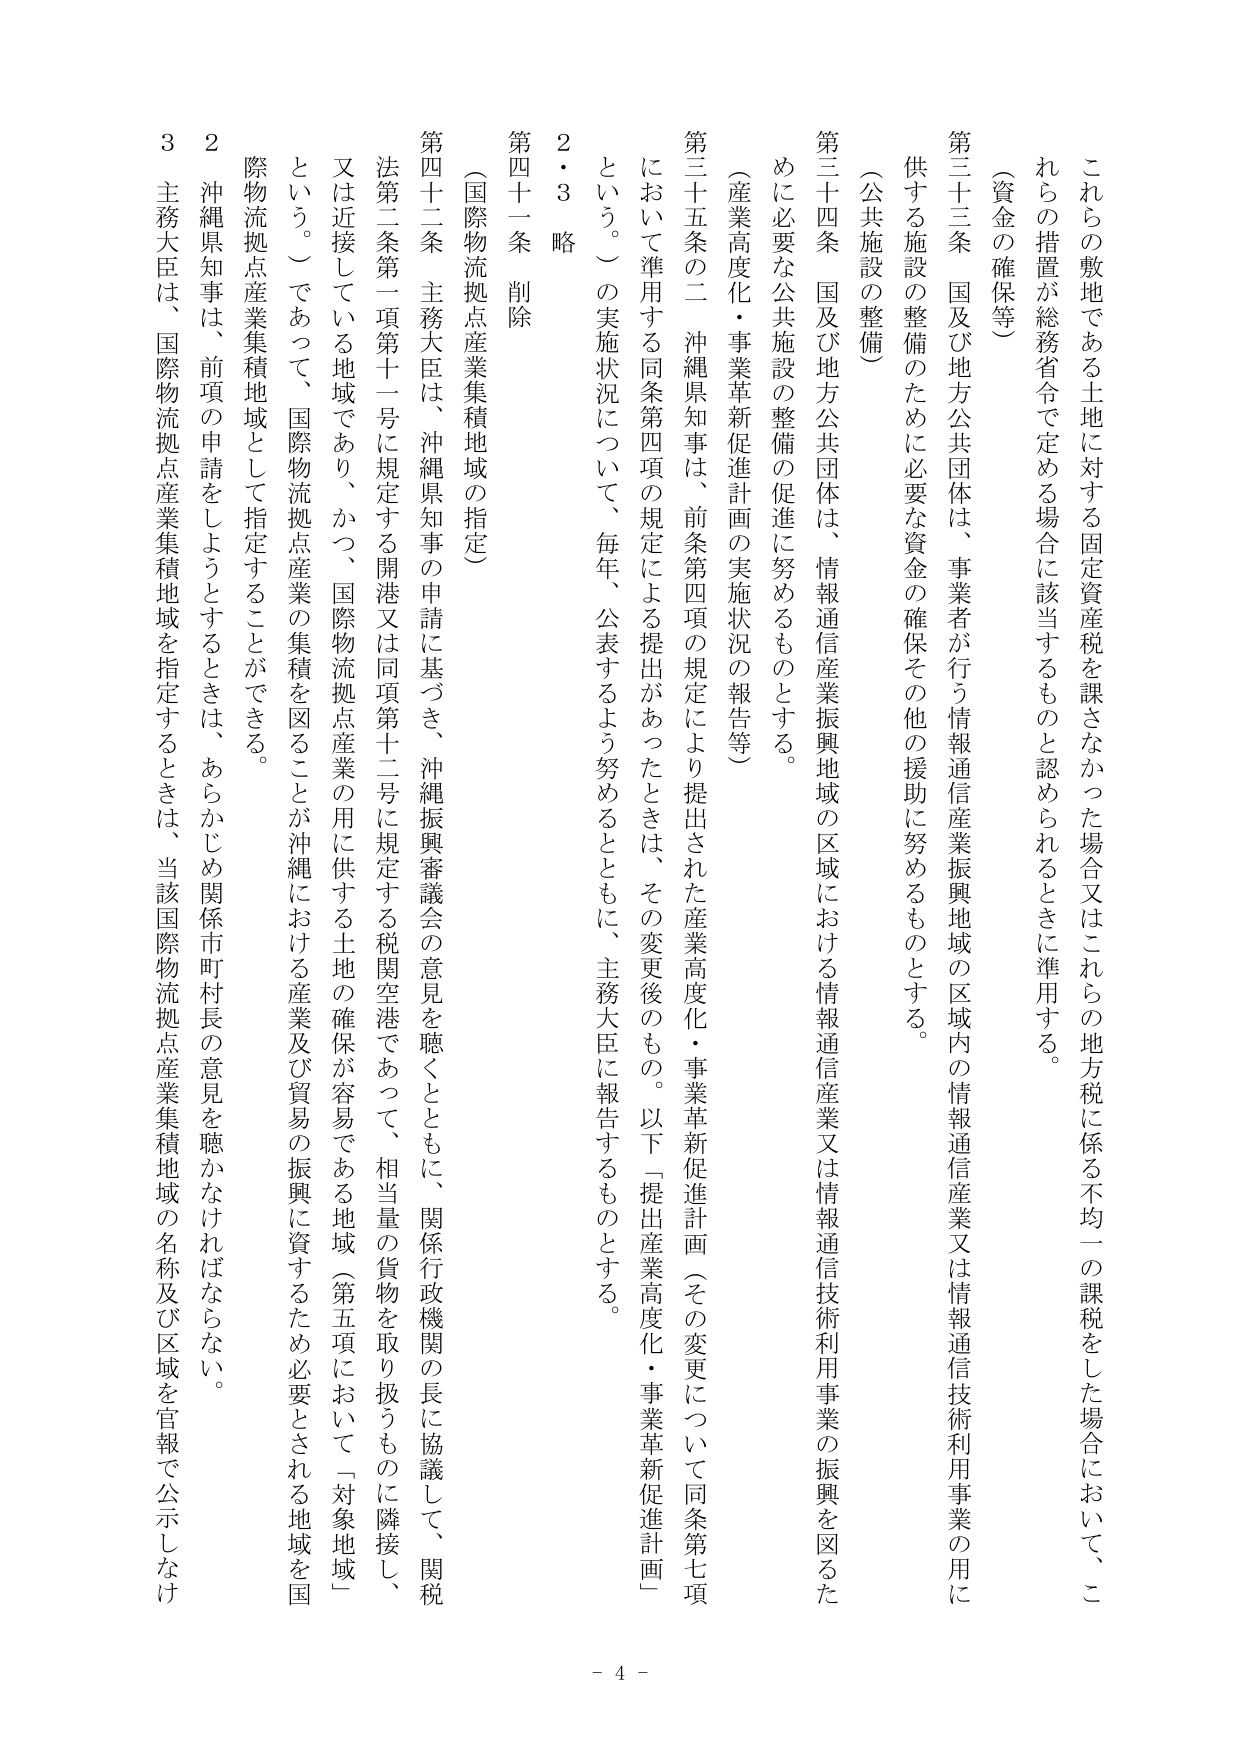
これら の 敷地 で ある 土地 に 対する 固定資産税 を 課さ なか った 場合 又は これら の 地方税 に 係る 不均一 の 課税 を した 場合 に おいて 、 こ れら の 措置 が 総務省令 で 定める 場合 に 該当 する もの と 認め られる とき に 準用 する 。

（ 資金 の 確保 等 ）

第三十三条 国 及び 地方公共団体 は 、 事業者 が 行う 情報通信産業振興地域 の 区域内 の 情報通信産業 又は 情報通信技術利用事業 の 用 に 供する 施設 の 整備 の ため に 必要 な 資金 の 確保 その他 の 援助 に 努める もの と する 。

（ 公共施設 の 整備 ）

第三十四条 国 及び 地方公共団体 は 、 情報通信産業振興地域 の 区域 に おける 情報通信産業 又は 情報通信技術利用事業 の 振興 を 図る た め に 必要 な 公共施設 の 整備 の 促進 に 努める もの と する 。

（ 産業高度化 ・ 事業革新促進計画 の 実施状況 の 報告 等 ）

第三十五条 の 二 沖縄県知事 は 、 前条 第四項 の 規定 により 提出 さ れた 産業高度化 ・ 事業革新促進計画 （ その 変更 に ついて 同条 第七項 に おいて 準用 する 同条 第四項 の 規定 による 提出 が あ った とき は 、 その 変更後 の もの 。 以下 「 提出産業高度化 ・ 事業革新促進計画 」 という 。 ） の 実施状況 について 、 毎年 、 公表 する よう 努める と ともに 、 主務大臣 に 報告 する もの と する 。

２・３ 略

第四十一条 削除

（ 国際物流拠点産業集積地域 の 指定 ）

第四十二条 主務大臣 は 、 沖縄県知事 の 申請 に 基づき 、 沖縄振興審議会 の 意見 を 聴く と ともに 、 関係行政機関 の 長 に 協議 して 、 関税 法 第二条 第一項 第十一号 に 規定 する 開港 又は 同項 第十二号 に 規定 する 税関空港 で あって 、 相当量 の 貨物 を 取り扱う もの に 隣接 し 、 又は 近接 し て いる 地域 で あり 、 かつ 、 国際物流拠点産業 の 用 に 供する 土地 の 確保 が 容易 で ある 地域 （ 第五項 に おいて 「 対象地域 」 という 。 ） で あって 、 国際物流拠点産業 の 集積 を 図る こと が 沖縄 に おける 産業 及び 貿易 の 振興 に 資する ため 必要 と さ れる 地域 を 国 際物流拠点産業集積地域 として 指定 する こと が できる 。

２ 沖縄県知事 は 、 前項 の 申請 を しよう と する とき は 、 あらかじめ 関係市町村長 の 意見 を 聴か なけれ ば ならない 。

３ 主務大臣 は 、 国際物流拠点産業集積地域 を 指定 する とき は 、 当該 国際物流拠点産業集積地域 の 名称 及び 区域 を 官報 で 公示 しなけ

- 4 -